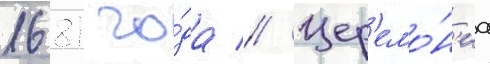
1681 го́да // Цер'емо́н'иа